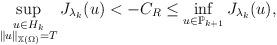
LaTeX: \begin{align*}\sup_{\substack{u \in H_{k} \\ \| u\|_{\mathbb{X}(\Omega)} =T}} J_{\lambda_k}(u)< - C_R \le \inf_{u \in \mathbb{P}_{k+1}} J_{\lambda_k}(u),\end{align*}